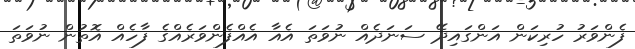
ފެންވަރު ހުރިކަން އަންގައިދޭ ސަނަދެއް ނުވަތަ އެއާ އެއްފެންވަރެއްގެ ފާހެއް އޮތުން ނުވަތަ